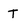
Character: T